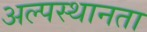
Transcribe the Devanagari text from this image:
अल्पस्थानता